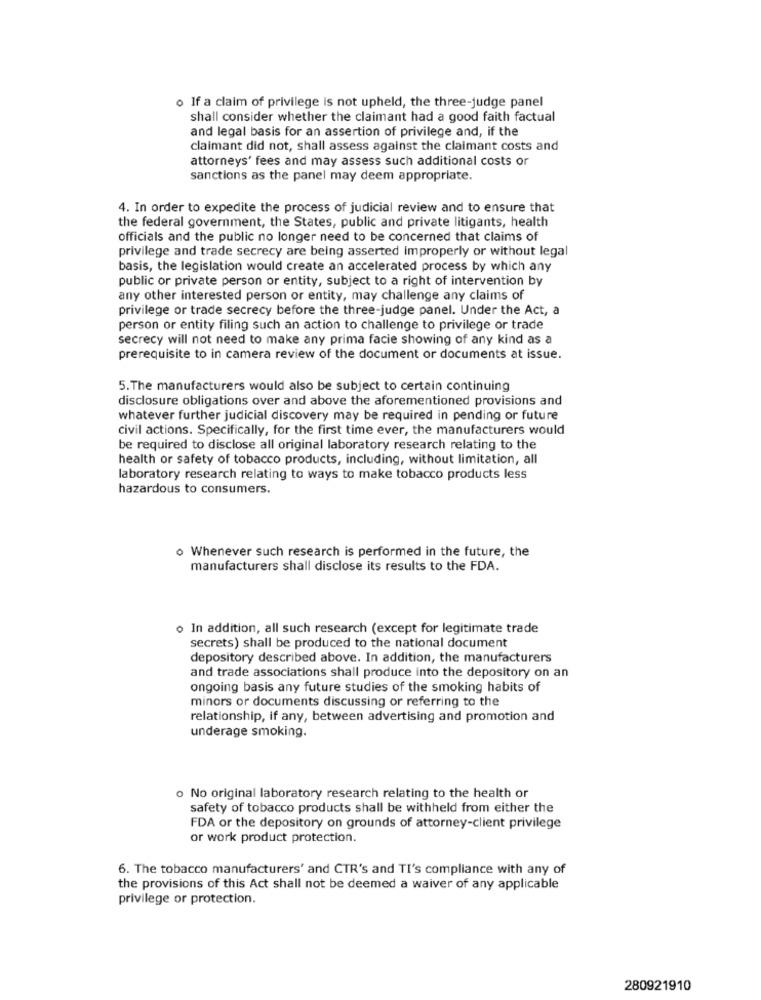
o If a claim of privilege is not upheld, the three-judge panel
shall consider whether the claimant had a good faith factual
and legal basis for an assertion of privilege and, if the
claimant did not, shall assess against the claimant costs and
attorneys' fees and may assess such additional costs or
sanctions as the panel may deem appropriate.
4. In order to expedite the process of judicial review and to ensure that
the federal government, the States, public and private litigants, health
officials and the public no longer need to be concerned that claims of
privilege and trade secrecy are being asserted improperly or without legal
basis, the legislation would create an accelerated process by which any
public or private person or entity, subject to a right of intervention by
any other interested person or entity, may challenge any claims of
privilege or trade secrecy before the three-judge panel. Under the Act, a
person or entity filing such an action to challenge to privilege or trade
secrecy will not need to make any prima facie showing of any kind as a
prerequisite to in camera review of the document or documents at issue.
5.The manufacturers would also be subject to certain continuing
disclosure obligations over and above the aforementioned provisions and
whatever further judicial discovery may be required in pending or future
civil actions. Specifically, for the first time ever, the manufacturers would
be required to disclose all original laboratory research relating to the
health or safety of tobacco products, including, without limitation, all
laboratory research relating to ways to make tobacco products less
hazardous to consumers.
o Whenever such research is performed in the future, the
manufacturers shall disclose its results to the FDA.
o In addition, all such research (except for legitimate trade
secrets) shall be produced to the national document
depository described above. In addition, the manufacturers
and trade associations shall produce into the depository on an
ongoing basis any future studies of the smoking habits of
minors or documents discussing or referring to the
relationship, if any, between advertising and promotion and
underage smoking.
o No original laboratory research relating to the health or
safety of tobacco products shall be withheld from either the
FDA or the depository on grounds of attorney-client privilege
or work product protection.
6. The tobacco manufacturers' and CTR's and TI's compliance with any of
the provisions of this Act shall not be deemed a waiver of any applicable
privilege or protection.
280921910